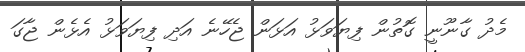
މެދު ގާނޫނީ ގޮތުން ފިޔަވަޅު އަޅަން ޖެހޭނެ އަދި ފިޔަވަޅު އެޅެން ޖާގަ